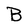
Character: B